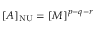
[ A ] _ { \mathrm { N U } } = [ M ] ^ { p - q - r }